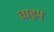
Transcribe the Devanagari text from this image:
वाइप